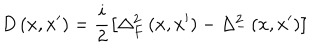
LaTeX: \; D \left( x , x ^ { \prime } \right) = \frac i 2 \left[ \Delta _ { F } ^ { 2 } \left( x , x ^ { \prime } \right) - \Delta _ { - } ^ { 2 } \left( x , x ^ { \prime } \right) \right]